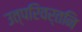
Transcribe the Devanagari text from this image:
उत्परिवर्तनि